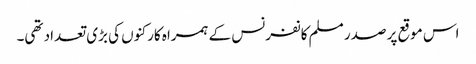
اس موقع پر صدر مسلم کانفرنس کے ہمراہ کارکنوں کی بڑی تعداد تھی۔